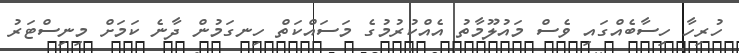
ހުރިހާ ހިސާބެއްގައި ވެސް މައުލޫމާތު އެއްކުރުމުގެ މަސައްކަތް ހިނގަމުން ދާނެ ކަމަށް މިނިސްޓަރު